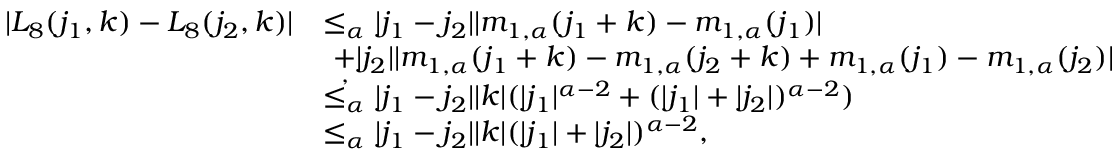
\begin{array} { r l } { | L _ { 8 } ( j _ { 1 } , k ) - L _ { 8 } ( j _ { 2 } , k ) | } & { \le _ { \alpha } | j _ { 1 } - j _ { 2 } | | m _ { 1 , \alpha } ( j _ { 1 } + k ) - m _ { 1 , \alpha } ( j _ { 1 } ) | } \\ & { \ + | j _ { 2 } | | m _ { 1 , \alpha } ( j _ { 1 } + k ) - m _ { 1 , \alpha } ( j _ { 2 } + k ) + m _ { 1 , \alpha } ( j _ { 1 } ) - m _ { 1 , \alpha } ( j _ { 2 } ) | } \\ & { \overset { , } { \le _ { \alpha } } | j _ { 1 } - j _ { 2 } | | k | ( | j _ { 1 } | ^ { \alpha - 2 } + ( | j _ { 1 } | + | j _ { 2 } | ) ^ { \alpha - 2 } ) } \\ & { \le _ { \alpha } | j _ { 1 } - j _ { 2 } | | k | ( | j _ { 1 } | + | j _ { 2 } | ) ^ { \alpha - 2 } , } \end{array}